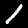
Digit: 1